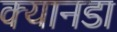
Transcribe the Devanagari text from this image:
क्यानडा